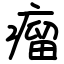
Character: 瘤